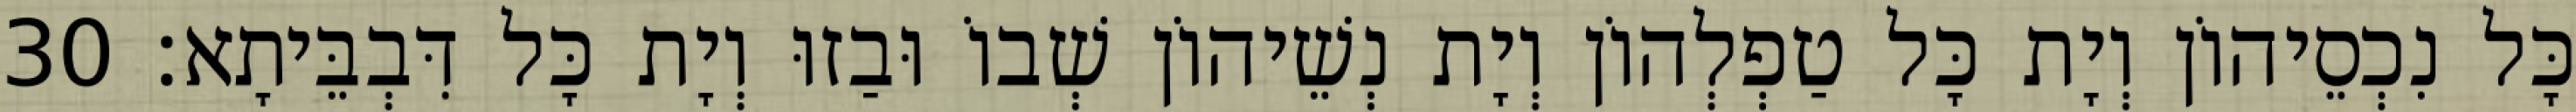
כָּל נִכְסֵיהוֹן וְיָת כָּל טַפְלְהוֹן וְיָת נְשֵׁיהוֹן שְׁבוֹ וּבַזוּ וְיָת כָּל דִּבְבֵּיתָא׃ 30